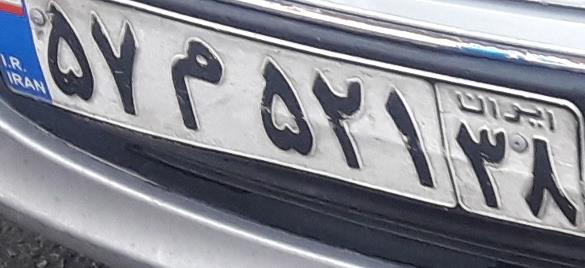
۵۷م۵۲۱۳۸